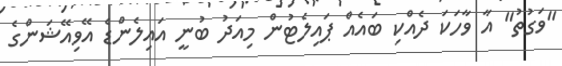
"ވަގުތު" އާ ވާހަކަ ދެއްކި ބައެއް ޕައިލެޓުން މިއަދު ބުނީ އައިލެންޑެ އޭވިއޭޝަންގެ